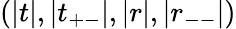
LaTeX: (|t|,|t_{+-}|,|r|,|r_{--}|)